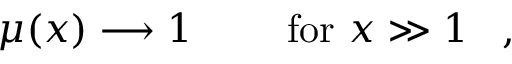
{ \begin{array} { r l r } { \mu ( x ) \longrightarrow 1 } & { { } } & { { \mathrm { ~ f o r ~ } } x \gg 1 } \end{array} } ~ ,